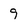
Character: 9